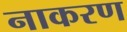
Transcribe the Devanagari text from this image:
नाकरण